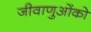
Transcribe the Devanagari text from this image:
जीवाणुओंको